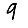
Digit: 9